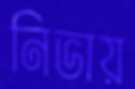
নিভায়